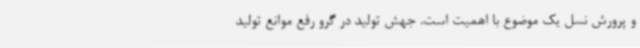
و پرورش نسل یک موضوع با اهمیت است. جهش تولید در گرو رفع موانع تولید